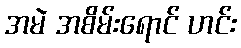
အမဲ အစိမ်းရောင် ဟင်း